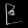
Digit: ၉